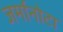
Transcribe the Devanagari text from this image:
जर्मानोटा